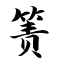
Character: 箦